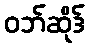
ဝဘ်ဆိုဒ်